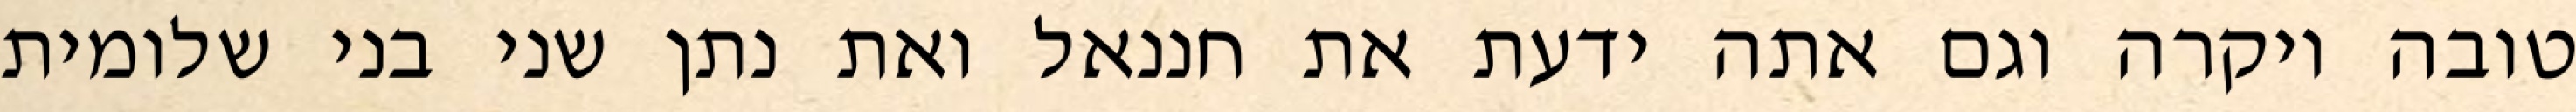
טובה ויקרה וגם אתה ידעת את חננאל ואת נתן שני בני שלומית